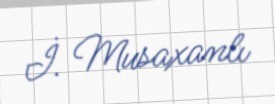
İ. Musaxanlı